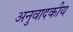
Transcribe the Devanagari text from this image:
अनुवादकीय